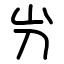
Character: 屶